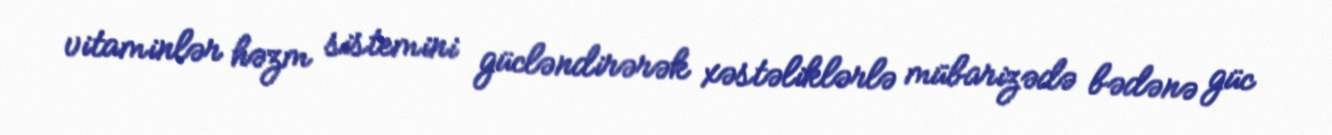
vitaminlər həzm sistemini gücləndirərək xəstəliklərlə mübarizədə bədənə güc